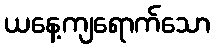
ယနေ့ကျရောက်သော